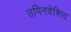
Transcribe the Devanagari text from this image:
उपिनवेशित